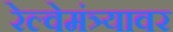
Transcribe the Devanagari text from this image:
रेल्वेमंत्र्यावर